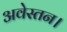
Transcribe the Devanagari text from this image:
अवेस्तन।